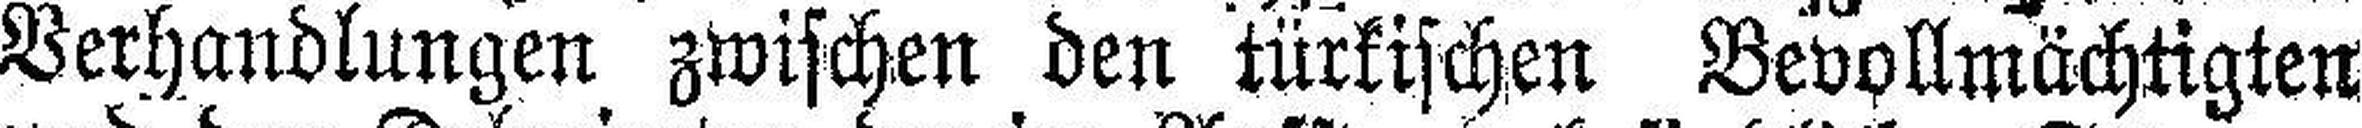
Verhandlungen zwischen den türkischen Bevollmächtigten